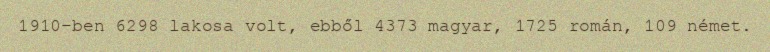
1910-ben 6298 lakosa volt, ebből 4373 magyar, 1725 román, 109 német.